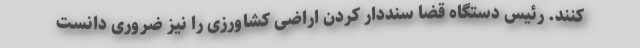
کنند. رئیس دستگاه قضا سنددار کردن اراضی کشاورزی را نیز ضروری دانست